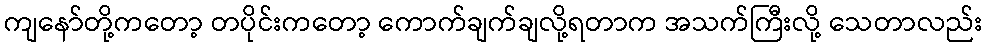
ကျနော်တို့ကတော့ တပိုင်းကတော့ ကောက်ချက်ချလို့ရတာက အသက်ကြီးလို့ သေတာလည်း